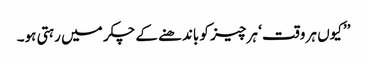
’’کیوں ہر وقت ‘ ہر چیز کو باندھنے کے چکر میں رہتی ہو۔